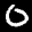
Label: 0